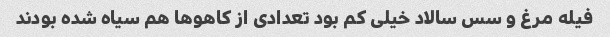
فیله مرغ و سس سالاد خیلی کم بود تعدادی از کاهوها هم سیاه شده بودند